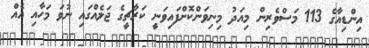
އިންޑިއާގެ 113 މަސްވެރިން މިއަދު މިނިވަންކޮށްފައިވަނީ ކަރާޗީގެ ޖަލެއްގައި ނުވަ މަހާއި އެއް